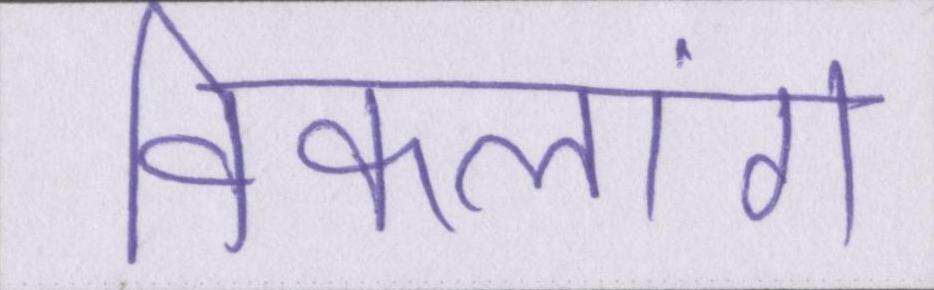
विकलांग